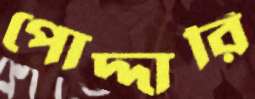
পোদ্দারি